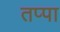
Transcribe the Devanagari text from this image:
तप्पा